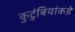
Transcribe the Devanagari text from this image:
कुटुंबियांकडे